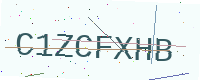
Text: C1ZCFXHB